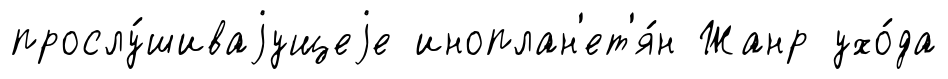
прослу́шиваjущеjе иноплан'ет'я́н Жанр ухо́да